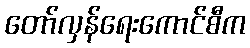
တော်လှန်ရေးကောင်စီက